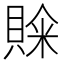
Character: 𮚒